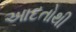
આદતોથી